Report on vaccination in Madras 1904-1921 - 1904-1921
Year: 1904
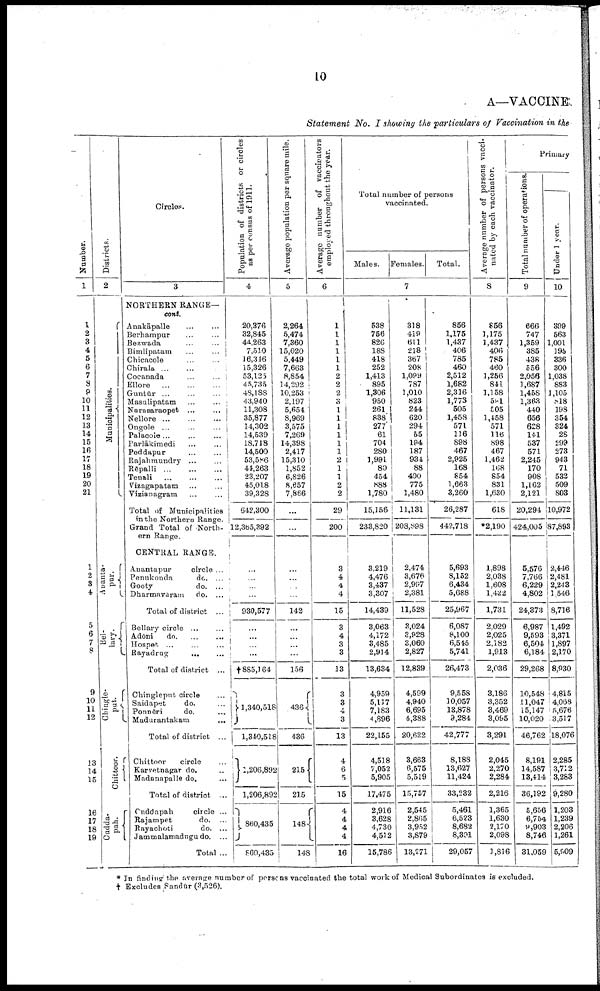
10
A—VACCINE.
Statement No. I showing the particulars of Vaccination in the
Number.
1
1
2
3
4
5
6
7
8
9
10
11
12
13
14
15
16
17
18
19
20
21
1
2
8
4
5
6
7
8
9
10
11
12
13
14
15
16
17
18
19
Districts.
2
Municipalities.
Atlanta¬
pur.
Bel¬
lary.
Chingle¬
put.
Chittoor.
Cudda¬
pah.
Circles.
3
NORTHERN RANGE—
cont.
Anakāpalle ... ...
Berhampur ... ...
Bezwada
...
...
Bimlipatam
...
...
Chicacole ... ...
Chirala ... ... ...
Cocanada ... ...
Ellore ... ... ...
Guntūr ...
...
...
Masulipatam
...
...
Narasaraopet ...
...
Nellore ...
...
...
Ongole ...
...
...
Palacole... ... ...
Parlākimedi ... ...
Peddapur
...
...
Rajahmundry ... ...
Rēpalli
...
...
...
Tenali
...
...
...
Vizagapatam ... ...
Vizianagram ... ...
Total of Municipalities
in the Northern Range.
Grand Total of North
ern Range.
CENTRAL RANGE.
Anantapur
circle ...
Penukonda
do. ...
Gooty
do. ...
Dharmayaram
do. ...
Total of district ...
Bellary circle ...
...
Adōni
do. ...
... .
Hospet ...
...
...
Rayadrug
...
...
Total of district ...
Chinglepnt circle
...
Saidapet
do.
...
Ponnēri
do.
...
Madurantakam ...
Total of district ...
Chittoor
circle ...
Karvetnagar do. ...
Madanapalle do. ...
Total of district ...
Cuddapah
circle ...
Rajampet
do. ...
Rayachoti
do. ...
Jammalamadugu do. ...
Total ...
Population of districts or circles
as per census of 1911.
4
20,376
32,845
44,263
7,510
16,316
15,326
53,125
45,735
48,188
43,940
11,308
35,877
14,302
14,539
18,718
14,500
53,586
44,263
23,207
45,018
39,328
642,300
12,365,392
...
...
...
...
930,577
...
...
...
...
†885,164
1,340,518
1,340,518
1,206,892
1,206,892
860,435
860,435
Average population per square mile.
5
2,264
5,474
7,360
15,020
5,449
7,663
8,854
14,292
10,253
2,197
5,654
8,969
3,575
7,269
14,398
2,417
15,310
1,852
6,826
8,657
7,866
...
...
...
...
...
...
142
...
...
...
...
156
436
436
215
215
148
148
Average number of vaccinators
employed throughout the year.
6
1
1
1
1
1
1
2
2
2
3
1
1
1
1
1
1
2
1
1
2
2
29
200
3
4
4
4
15
3
4
3
3
13
3
3
4
3
13
4
6
5
15
4
4
4
4
16
Total number of persons
vaccinated.
Males. Females.
Total.
7
538
756
826
188
418
252
1,413
895
1,306
950
261
838
277
61
704
280
1,991
80
454
888
1,780
15,156
233,820
3,219
4,476
3,437
3,307
14,439
3,063
4,172
3,485
2,914
13,634
4,959
5,117
7,183
4,896
22,155
4,518
7,052
5,905
17,475
2,916
3,628
4,730
4,512
15,786
318
419
611
218
367
208
1,099
787
1,010
823
244
620
294
55
194
187
934
88
400
775
1,480
11,131
208,898
2,474
3,676
2,997
2,381
11,528
3,024
3,928
3,060
2,827
12,839
4,599
4,940
6,695
4,388
20,622
3,663
6,675
5,519
15,757
2,545
2,865
3,952
3,879
13,271
856
1,175
1,437
406
785
460
2,512
1,682
2,316
1,773
505
1,458
571
116
898
467
2,925
168
854
1,663
3,260
26,287
442,718
5,693
8,152
6,434
5,688
25,967
6,087
8,100
6,545
5,741
26,473
9,558
10,057
18,878
9,284
42.777
8,188
13,627
11,424
33,232
5,461
6,523
8,682
8,391
29,057
Average number of persons vacci
nated by each vaccinator.
8
856
1,175
1,437
406
785
460
1,256
841
1,158
591
505
1,458
571
116
898
467
1,462
168
854
831
1,630
618
*2,190
1,898
2,038
1,608
1,422
1,731
2,029
2,025
2,182
1,913
2,036
3,186
3,352
3,469
3,095
3,291
2,045
2,270
2,284
2,216
1,365
1,630
2,170
2,098
1,816
Primary
Total number of operations.
9
666
747
1,359
385
438
556
2,056
1,687
1,458
1,363
440
656
628
141
537
571
2,245
170
908
1,162
2,121
20,294
424,005
5,576
7,766
6,229
4,802
24,373
6,987
9,593
6,504
6,184
29,268
10,548
11,047
15,147
10,020
46,762
8,191
14,587
13,414
36,192
5,656
6,754
9,903
8,746
31,059
Under 1 year.
10
399
563
1,001
195
336
300
1,038
883
1,105
818
198
354
324
28
299
273
943
71
532
509
803
10,972
87,893
2,446
2,481
2,243
1,546
8,716
1,492
3,371
1,897
2,170
8,930
4,815
4,068
5,676
3,517
18,076
2,285
3,712
3,283
9,280
1,203
1,239
2,206
1,261
5,909
* In finding the average number of persons vaccinated the total work of Medical Subordinates is excluded.
† Excludes Sandūr (3,526).